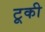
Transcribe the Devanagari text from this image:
टूकी